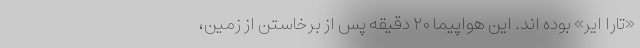
«تارا ایر» بوده اند. این هواپیما ۲۰ دقیقه پس از برخاستن از زمین،